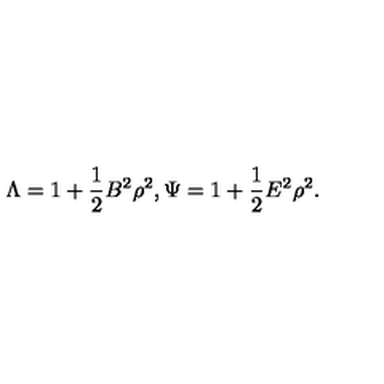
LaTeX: \Lambda = 1 + \frac { 1 } { 2 } B ^ { 2 } \rho ^ { 2 } , \Psi = 1 + \frac { 1 } { 2 } E ^ { 2 } \rho ^ { 2 } .